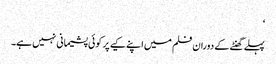
‘
پہلے گھنٹے کے دوران فلم میں اپنے کیے پر کوئی پشیمانی نہیں ہے۔